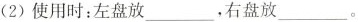
(2)使用时：左盘放 ___ ，右盘放___ 。